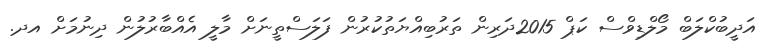
އަދީބުކްލަބް މޯލްޑިވްސް ކަޕް 2015ދަރިން ތަރުބިއްޔަތުކުރުން ފަލަސްތީނަށް މާލީ އެއްބާރުލުން ދިނުމަށް އދ.